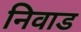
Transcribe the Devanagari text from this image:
निवाड